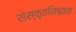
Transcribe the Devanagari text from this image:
संस्कृतनिष्ठता